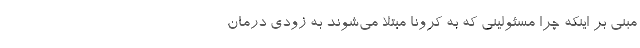
مبنی بر اینکه چرا مسئولینی که به کرونا مبتلا می‌شوند به زودی درمان